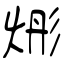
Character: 烿